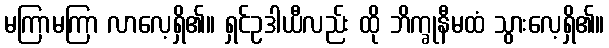
မကြာမကြာ လာလေ့ရှိ၏။ ရှင်ဥဒါယီလည်း ထို ဘိက္ခုနီမထံ သွားလေ့ရှိ၏။